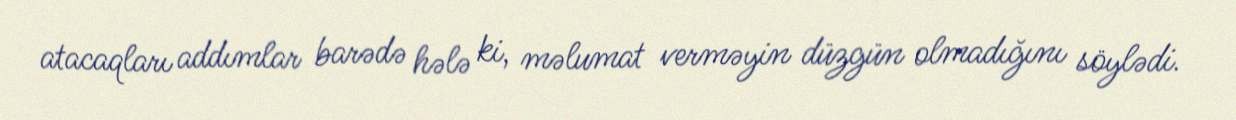
atacaqları addımlar barədə hələ ki, məlumat verməyin düzgün olmadığını söylədi.